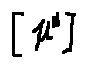
[ \mu ^ { s } ]